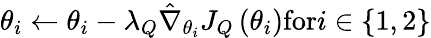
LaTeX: {\theta_{i}}\leftarrow{\theta_{i}}-{\lambda_{Q}}{\hat{\nabla}_{{\theta_{i}}}}{J_{Q}}\left({{\theta_{i}}}\right)\mathrm{{for}}i\in\{ 1,2\} \mathrm{{}}